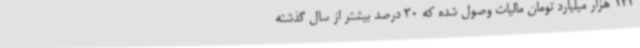
143 هزار میلیارد تومان مالیات وصول شده که 30 درصد بیشتر از سال گذشته